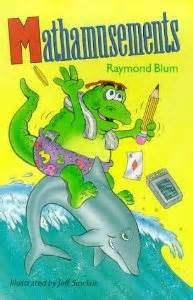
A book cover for Mathamusements; Raymond Blum; Humor & Entertainment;